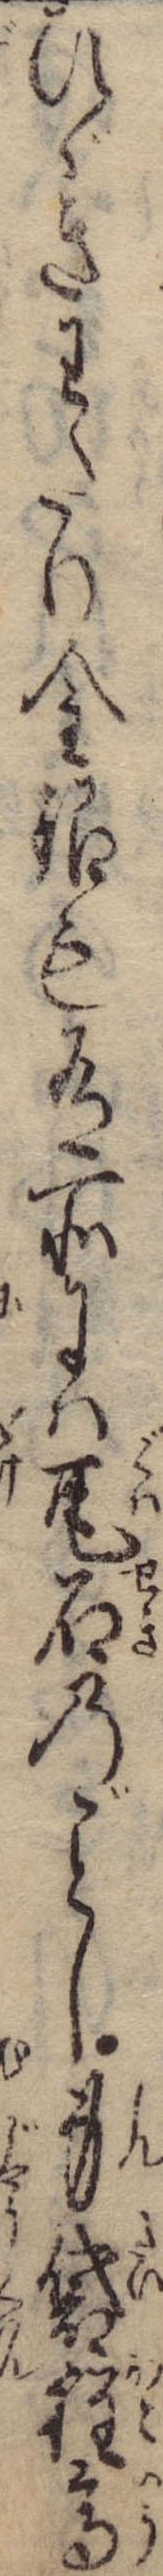
ひゞきわたり金銀も有所には瓦石のし身袋程高